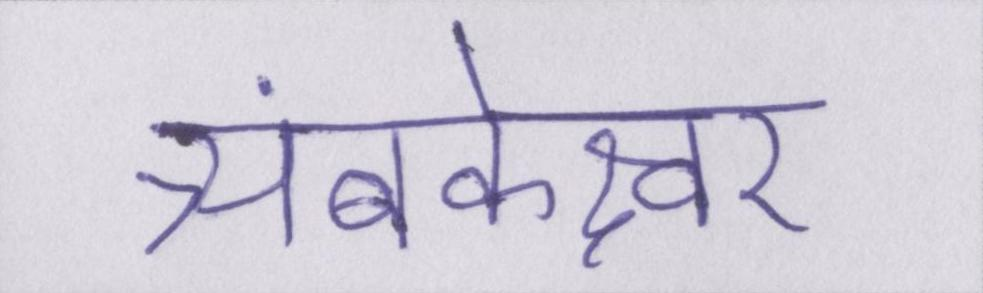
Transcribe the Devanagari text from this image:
त्र्यंबकेश्वर